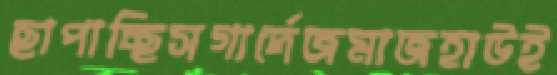
ছাপাচ্ছিসগার্দেজমাজহাউই